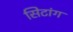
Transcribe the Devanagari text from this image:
सिटांग